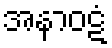
အနာဝဋံ